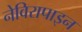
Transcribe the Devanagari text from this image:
नेविरापाइन